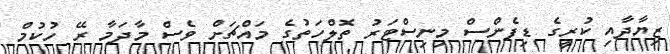
ޒިޔާދާއި ކުރީގެ ޑިފެންސް މިނިސްޓަރު ތޮލްހަތުގެ މައްޗަށް ވެސް މާދަމާ ރޭ ހުކުމް